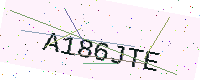
Text: A186JTE